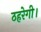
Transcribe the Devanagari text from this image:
ठहरेगी।